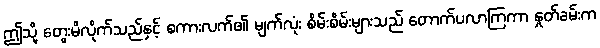
ဤသို့ တွေးမိလိုက်သည်နှင့် စကားလက်၏ မျက်လုံး စိမ်းစိမ်းများသည် တောက်ပလာကြကာ နှုတ်ခမ်းက